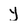
Character: y